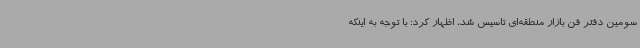
سومین دفتر فن بازار منطقه‌ای تاسیس شد، اظهار کرد: با توجه به اینکه